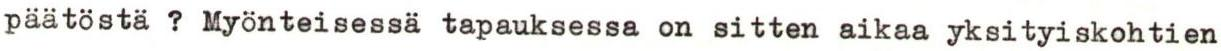
päätöstä ? Myönteisessä tapauksessa on sitten aikaa yksityiskohtien